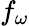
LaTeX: f_{\omega}